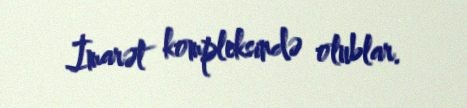
İmarət kompleksində olublar.